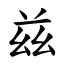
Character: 兹